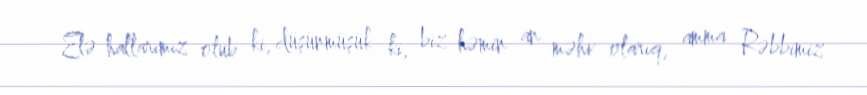
Elə hallarımız olub ki, düşünmüşük ki, biz həmin an məhv olarıq, amma Rəbbimiz